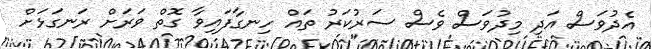
އެދުވަސް އަދި މިދުވަސް ވެސް ސަރުކަރު ތައް ހިނގާފައިވާ ގޮތް ވަރަށް ރަނގަޅަށް